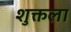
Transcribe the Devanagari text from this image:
शुक्तला